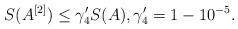
LaTeX: \begin{align*}S(A^{[2]})\leq \gamma_4'S(A), \gamma_4' = 1-10^{-5}.\end{align*}